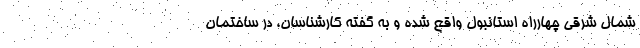
شمال شرقی چهارراه استانبول واقع شده و به گفته کارشناسان، در ساختمان